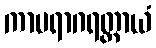
ကာမရာဂရတ္တာယံ